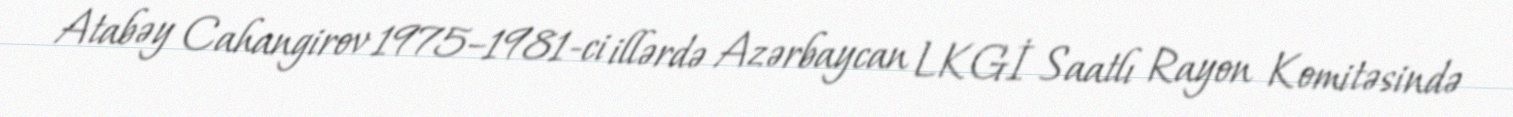
Atabəy Cahangirov 1975–1981-ci illərdə Azərbaycan LKGİ Saatlı Rayon Komitəsində